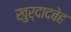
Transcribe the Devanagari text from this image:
खुर्दादबेह